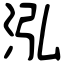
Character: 泓